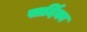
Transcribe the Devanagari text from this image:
सार्दिका